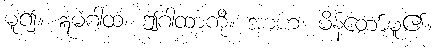
မူ၍။ ဣမံဂါထံ၊ ဤဂါထာကို။ အာဟ၊ မိန့်တော်မူ၏။